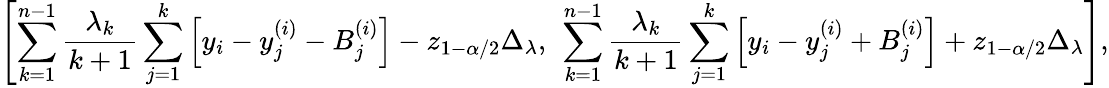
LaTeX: \left[\sum_{k=1}^{n-1}\frac{\lambda_{k}}{k+1}\sum_{j=1}^{k}\left[y_{i}-y_{j}^{(i)}-B_{j}^{(i)}\right]-z_{1-\alpha/2}\Delta_{\lambda},\ \sum_{k=1}^{n-1}\frac{\lambda_{k}}{k+1}\sum_{j=1}^{k}\left[y_{i}-y_{j}^{(i)}+B_{j}^{(i)}\right]+z_{1-\alpha/2}\Delta_{\lambda}\right],